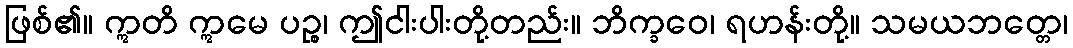
ဖြစ်၏။ ဣတိ ဣမေ ပဉ္စ၊ ဤငါးပါးတို့တည်း။ ဘိက္ခဝေ၊ ရဟန်းတို့။ သမယဘတ္တေ၊